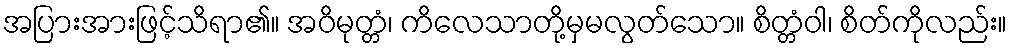
အပြားအားဖြင့်သိရာ၏။ အဝိမုတ္တံ၊ ကိလေသာတို့မှမလွတ်သော။ စိတ္တံဝါ၊ စိတ်ကိုလည်း။